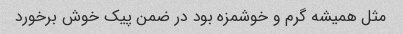
مثل همیشه گرم و خوشمزه بود در ضمن پیک خوش برخورد